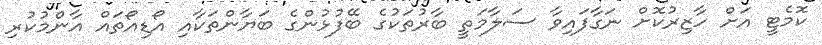
ކޮމެޓީ އަށް ހާޒިރުކޮށް ނަގާފައިވާ ސަލާމަތީ ބާރުތަކުގެ ބޭފުޅުންގެ ބަޔާންތަކާއި އޯޑިއޯތައް އާންމުކުރި